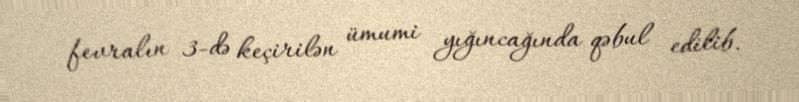
fevralın 3-də keçirilən ümumi yığıncağında qəbul edilib.